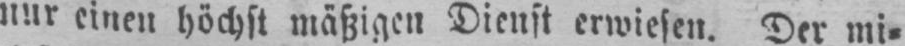
nur einen höchst mäßigen Dienst erwiesen. Der mi⸗